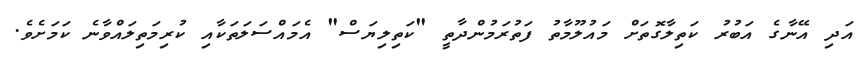
އަދި އޭނާގެ އަބުރު ކަތިލާގޮތަށް މައުލޫމާތު ފަތުރަމުންދާތީ "ކަތިލިޔަސް" އެމައްސަލަތަކާއި ކުރިމަތިލައްވާނެ ކަމަށެވެ.